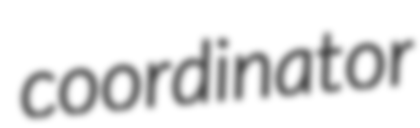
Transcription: coordinator